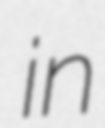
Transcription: in